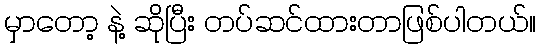
မှာတော့ နဲ့ ဆိုပြီး တပ်ဆင်ထားတာဖြစ်ပါတယ်။